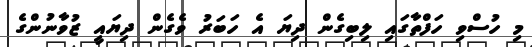
މި ހުސްވި ހަފްތާގައި ލިބިގެން ދިޔަ އެ ހަބަރު ވެގެން ދިޔައީ ޒުވާނުންގެ